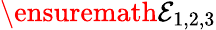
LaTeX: \ensuremath{{\cal E}}_{1,2,3}